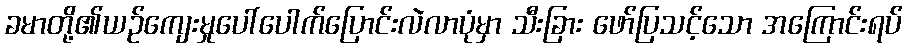
ခမာတို့၏ယဉ်ကျေးမှုပေါ်ပေါက်ပြောင်းလဲလာပုံမှာ သီးခြား ဖော်ပြသင့်သော အကြောင်းရပ်